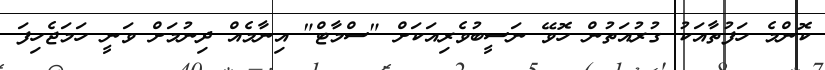
ކޮންމެ ހަފުތާއަކު ގުރުއަތުން ހޮވޭ ނަސީބުވެރިއަކަށް "ސްމާޓް" އިނާމެއް ދިނުމަށް ވަނީ ހަމަޖެހިފަ